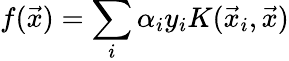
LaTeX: f(\vec{x})=\sum_{i}\alpha_{i}y_{i}K(\vec{x}_{i},\vec{x})